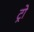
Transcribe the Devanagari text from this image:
ट्रो